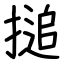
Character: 搥